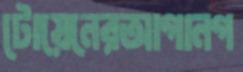
টোয়েনেরআগানগ